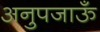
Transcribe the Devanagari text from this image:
अनुपजाऊँ